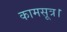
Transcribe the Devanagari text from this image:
कामसूत्र।